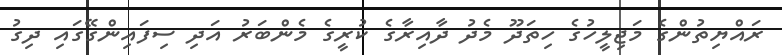
ރައްޔިތުންގެ މަޖިލީހުގެ ހިތަދޫ މެދު ދާއިރާގެ ކުރީގެ މެންބަރު އަދި ސިފައިންގޭގައި ދިގު